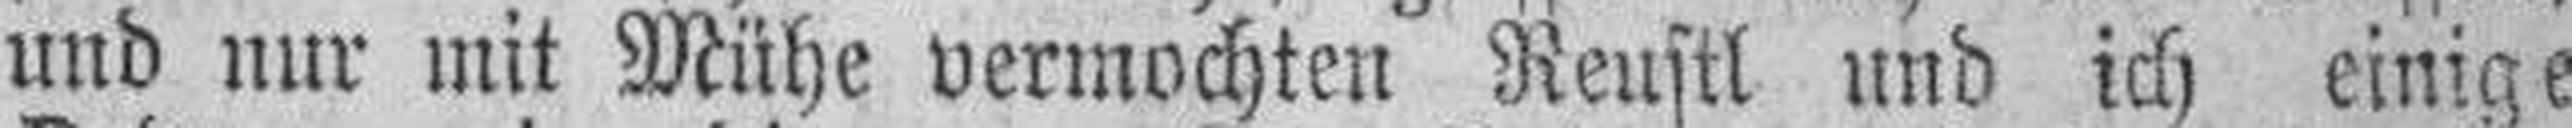
und nur mit Mühe vermochten Reustl und ich einige